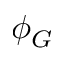
\phi _ { G }